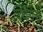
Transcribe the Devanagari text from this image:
च्विंगम